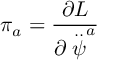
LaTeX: \pi _ { a } = \frac { \partial { \cal L } } { \partial \stackrel { . . } { \psi } ^ { a } }